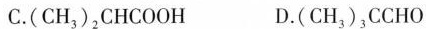
C.( C H _{ 3 }) _{ 2 } C H C O O H D.( C H _{ 3 }) _{ 3 } C C H O